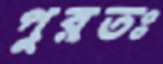
পুরতঃ